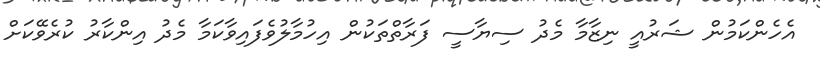
އެހެންކަމުން ޝަރުއީ ނިޒާމާ މެދު ސިޔާސީ ފަރާތްތަކުން އިހުމާލުވެފައިވާކަމާ މެދު އިންކާރު ކުރެވޭކަށް